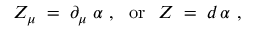
Z _ { \mu } \; = \; \partial _ { \mu } \; \alpha ~ , ~ ~ \mathrm { o r } ~ ~ Z \; = \; d \, \alpha ~ ,